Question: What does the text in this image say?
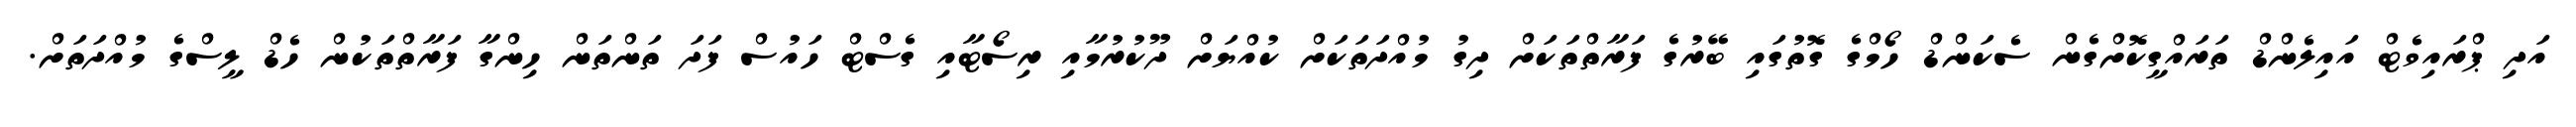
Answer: އަދި ޕްރައިވެޓް އައިލެންޑް ތަރައްގީކޮށްގެން ސެކަންޑް ހޯމްގެ ގޮތުގައި ބޭރުގެ ފަރާތްތަކަށް ދިގު މުއްދަތަކަށް ކުއްޔަށް ދޫކުރުމާއި ރިސޯޓާއި ގެސްޓް ހައުސް ފަދަ ތަންތަން ހިންގާ ފަރާތްތަކުން ހެޑް ލީސްގެ މުއްދަތަށް.